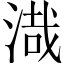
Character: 渽